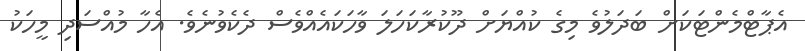
އެޕާޓްމެންޓަކަށް ބަދަލުވެ މިގެ ކުއްޔަށް ދޫކުރާކަހަލަ ވާހަކައެއްވެސް ދެކެވުނެވެ. އެހާ މުއްސަދި މީހަކު